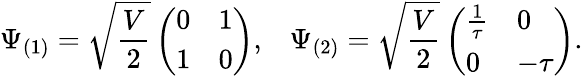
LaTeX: \Psi_{(1)}=\sqrt{\frac{V}{2}}\left(\begin{array}{ll}{{0}}&{{1}}\\ {{1}}&{{0}}\end{array}\right),\; \; \; \Psi_{(2)}=\sqrt{\frac{V}{2}}\left(\begin{array}{ll}{{\frac{1}{\tau}}}&{{0}}\\ {{0}}&{{-\tau}}\end{array}\right).